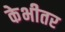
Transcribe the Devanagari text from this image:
केभीतर